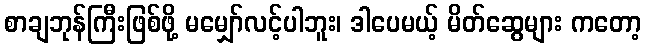
စာချဘုန်ကြီးဖြစ်ဖို့ မမျှော်လင့်ပါဘူး၊ ဒါပေမယ့် မိတ်ဆွေများ ကတော့